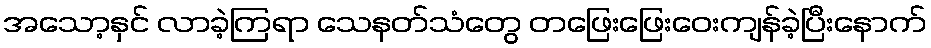
အသော့နှင် လာခဲ့ကြရာ သေနတ်သံတွေ တဖြေးဖြေးဝေးကျန်ခဲ့ပြီးနောက်